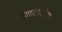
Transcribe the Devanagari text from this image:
सोनातोरेक